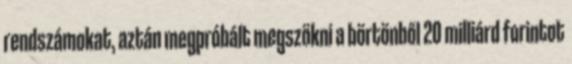
rendszámokat, aztán megpróbált megszökni a börtönből 20 milliárd forintot